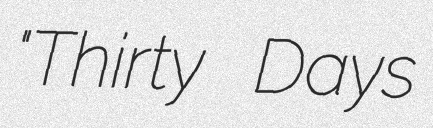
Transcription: "Thirty Days